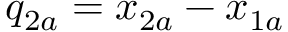
q _ { 2 a } = x _ { 2 a } - x _ { 1 a }